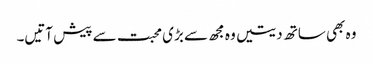
وہ بھی ساتھ دیتیں وہ مجھ سے بڑی محبت سے پیش آتیں۔